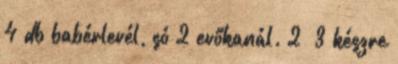
4 db babérlevél, só 2 evőkanál. 2 3 készre